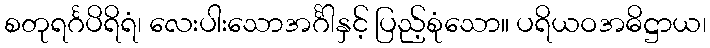
စတုရင်္ဂပိရိရံ၊ လေးပါးသောအင်္ဂါနှင့် ပြည့်စုံသော။ ပရိယဝအဓိဋ္ဌာယ၊